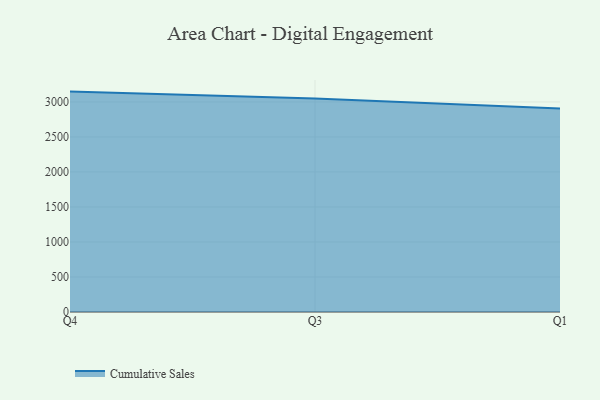
{"axis": {"x": "Quarter", "y": "Churn Rate (%)"}, "legend": ["Cumulative Sales"], "data": [{"x": "Q4", "y": 3147.7, "type": "Cumulative Sales"}, {"x": "Q3", "y": 3049.5, "type": "Cumulative Sales"}, {"x": "Q1", "y": 2905.2, "type": "Cumulative Sales"}]}